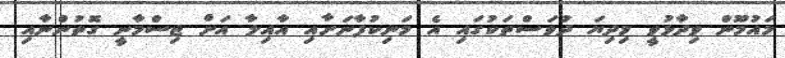
މައުމޫން ވިދާޅުވީ މިދިޔަ ދުވަސްތަކުގައި އެ މަނިކުފާނަށާއި އާއިލާ އަށް ޖިސްމާނީ ގޮތުންނާއި